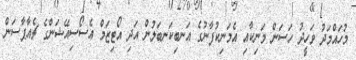
މުހައްމަދު ވަހީދު ހަސަން މަނިކާއި އެމަނިކުފާނުގެ އަނބިކަނބަލުން އަދި އޯޓިޒަމް އެސޯސިއޭޝަންގެ ޗެއާޕާސަން